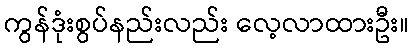
ကွန်ဒုံးစွပ်နည်းလည်း လေ့လာထားဦး။